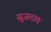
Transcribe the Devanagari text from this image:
सूजदल